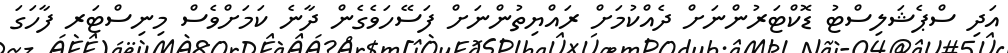
އަދި ސްޕެޝަލިސްޓު ޑޮކްޓަރުންނަށް ދެއްކުމަށް ރައްޔިތުންނަށް ފަސޭހަވެގެން ދާނެ ކަމަށްވެސް މިނިސްޓަރ ފާހަގަ